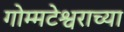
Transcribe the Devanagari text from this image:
गोम्मटेश्वराच्या